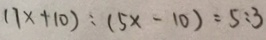
( 7 x + 1 0 ) : ( 5 x - 1 0 ) = 5 : 3